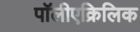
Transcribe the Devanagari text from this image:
पॉलीएक्रिलिक